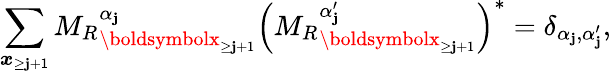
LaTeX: \sum_{\boldsymbol{x}_{\ge\mathbf{j}+1}}{M_{R}}_{\boldsymbolx_{\ge\mathbf{j}+1}}^{\alpha_{\mathbf{j}}}\left({M_{R}}_{\boldsymbolx_{\ge\mathbf{j}+1}}^{\alpha_{\mathbf{j}}^{\prime}}\right)^{*}=\delta_{\alpha_{\mathbf{j}},\alpha_{\mathbf{j}}^{\prime}},